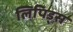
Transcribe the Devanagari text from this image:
लिपिड्स